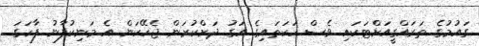
ގައުމުގެ ތަރައްގީއަށްޓަކައި ވެސް ހަކަތައިގެ އަގު ދަށްކުރަން ޖެހޭކަން އެ މަނިކުފާނު ފާހަގަ